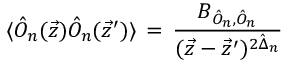
\langle \hat { { \cal O } } _ { n } ( \vec { z } ) \hat { { \cal O } } _ { n } ( \vec { z } ^ { \prime } ) \rangle \, = \, \frac { B _ { { \hat { { \cal O } } _ { n } } , \hat { { \cal O } } _ { n } } } { ( \vec { z } - \vec { z } ^ { \prime } ) ^ { 2 \hat { \Delta } _ { n } } } \,